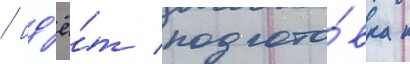
/ ид'ё́т подгото́вка к